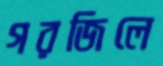
গরজিলে